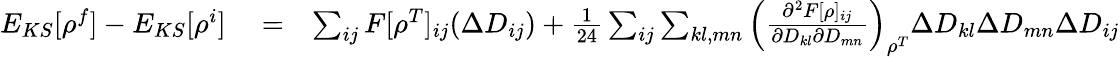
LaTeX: \begin{array}{rlr}{E_{KS}[\rho^{f}]-E_{KS}[\rho^{i}]}&{{}=}&{\sum_{ij}F[\rho^{T}]_{ij}(\Delta D_{ij})+\frac{1}{24}\sum_{ij}\sum_{kl,mn}\left(\frac{\partial^{2}F[\rho]_{ij}}{\partial D_{kl}\partial D_{mn}}\right)_{\rho^{T}}\Delta D_{kl}\Delta D_{mn}\Delta D_{ij}}\end{array}